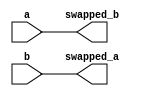
module swapping(
  input [10:0] a ,b,
  output reg[10:0] swapped_a,swapped_b);
  reg [10:0]temp;
  
  always @(*) begin
    temp=a;
    swapped_a = b;
    swapped_b = temp;
  end
endmodule